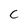
Character: C